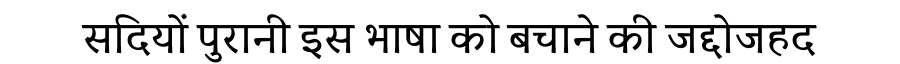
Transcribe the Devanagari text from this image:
सदियों पुरानी इस भाषा को बचाने की जद्दोजहद